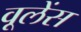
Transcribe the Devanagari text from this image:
वूलेंस